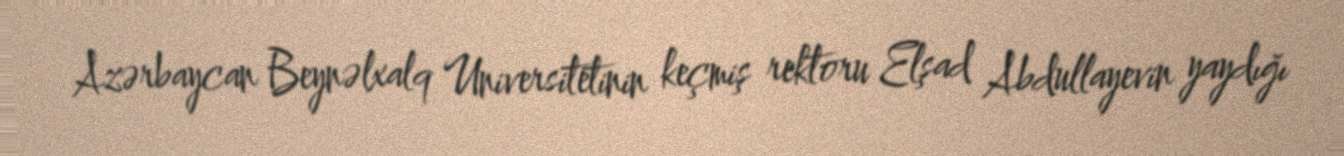
Azərbaycan Beynəlxalq Universitetinin keçmiş rektoru Elşad Abdullayevin yaydığı